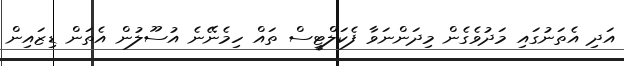
އަދި އެތަނުގައި މަދުވެގެން މިދަންނަވާ ފެކަލްޓީސް ތައް ހިމެނޭނެ އުސޫލުން އެތަން ޑިޒައިން